Account of plague administration in the Bombay Presidency from September 1896 till May 1897
Year: 1896
Disease focus: Plague
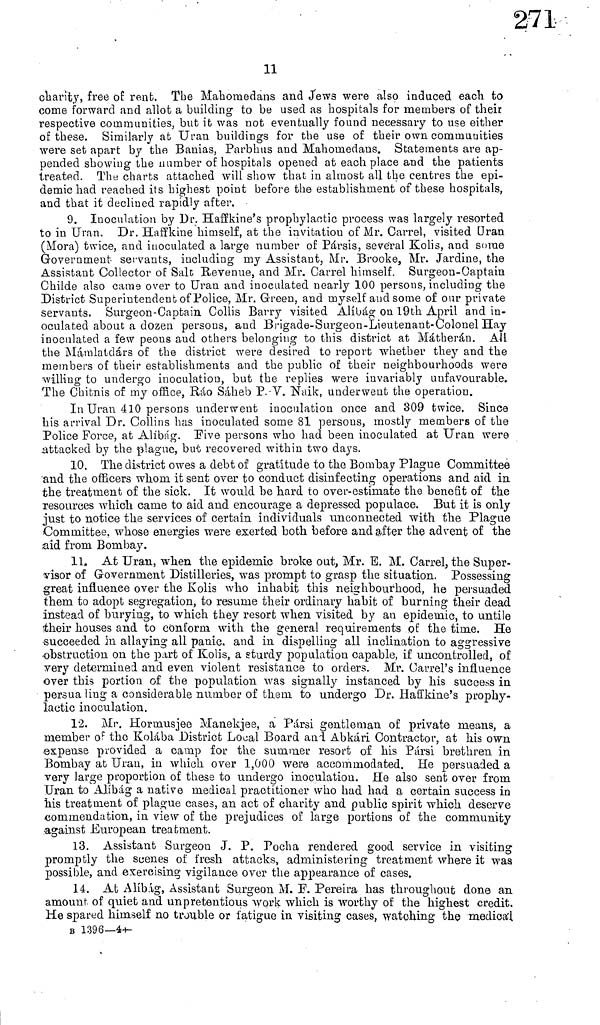
11
charity, free of rent. The Mahomedans and Jews were also induced each to
come forward and allot a building to be used as hospitals for members of their
respective communities, but it was not eventually found necessary to use either
of these. Similarly at Uran buildings for the use of their own commuuities
were set apart by the Banias, Parbhus and Mahoniedaus. Statements are ap-
pended showing the number of hospitals opened at each place and the patients
treated. The charts attached will show that in almost all the centres the epi-
demic had reached its highest point before the establishment of these hospitals,
and that it declined rapidly after.
9. Inoculation by Dr. Hafflkine's prophylactic process was largely resorted
to in Uran, Dr. Haffkine himself, at the invitation of Mr. Carrel, visited Uran
(Mora) twice, and inoculated a large number of Pársis, several Kolis, and some
Government servants, including my Assistant, Mr. Brooke, Mr. Jardine, the
Assistant Collector of Salt Revenue, and Mr. Carrel himself. Surgeon-Captain
Childe also came over to Uran and inoculated nearly 100 persons, including the
District Superintendent of Police, Mr. Green, and myself and some of our private
servants. Surgeon-Capta in Collis Barry visited Alíbág on 19th April and in-
oculated about a dozen persons, and Brigade-Surgeon-Lieutenant-Colonel Hay
inoculated a few peons and others belonging to this district at Mátherán. All
the Máralaldárs of the district were desired to report whether they and the
members of their establishments and the public of their neighbourhoods were
willing to undergo inoculation, but the replies were invariably unfavourable.
The Chitnis of my office, Ráo Sáheb P.-V. Naik, underwent the operation.
In Uran 410 persons underwent inoculation once and 309 twice. Since
his arrival Dr. Collins has inoculated some 81 persons, mostly members of the
Police Force, at Alíbág. Five persons who had been inoculated at Uran were
attacked by the plague, but recovered within two days.
10. The district owes a debt of gratitude to the Bombay Plague Committee
and the officers whom it sent over to conduct disinfecting operations and aid in
the treatment of the sick. It would be hard to over-estimate the benefit of the
resources which came to aid and encourage a depressed populace. But it is only
just to notice the services of certain individuals unconnected with the Plague
Committee, whose energies were exerted both before and after the advent of the
aid from Bombay.
11. At Uran, when the epidemic broke out, Mr. E. M. Carrel, the Super-
visor of Government Distilleries, was prompt to grasp the situation. Possessing
great influence over the Kolis who inhabit this neighbourhood, he persuaded
them to adopt segregation, to resume their ordinary habit of burning their dead
instead of burying, to which they resort when visited by an epidemic, to untile
their houses and to conform with the general requirements of the time. He
succeeded in allaying all panic, and in dispelling all inclination to aggressive
obstruction on the part of Kolis, a sturdy population capable, if uncontrolled, of
very determined and even violent resistance to orders. Mr. Carrel's influence
over this portion of the population was signally instanced by his success in
persua ling a considerable number of them to undergo Dr. Haffkine's prophy-
lactic inoculation.
12. Mr. Hormusjee Manekjee, a Pársi gentleman of private means, a
member of the Kolába District Louai Board and Abkári Contractor, at his own
expense provided a camp for the summer resort of his Pársi brethren in
Bombay at Uran, in which over 1,000 were accommodated. He persuaded a
very large proportion of these to undergo inoculation. He also sent over from
Uran to Alíbág a native medical practitioner who had had a certain success in
his treatment of plague cases, an act of charity and public spirit which deserve
commendation, in view of the prejudices of large portions of the community
•against European treatment.
13. Assistant Surgeon J. P. Pocha rendered good service in visiting
promptly the scenes of fresh attacks, administering treatment where it was
possible, and exercising vigilance over the appearance of cases.
14. At Alibig, Assistant Surgeon M. F. Pereira has throughout done an
amount of quiet and unpretentious work which is worthy of the highest credit.
He spared himself no trouble or fatigue in visiting cases, watching the medical
B 1396—44-